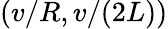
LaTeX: (v/R,v/(2L))